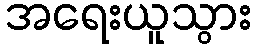
အရေးယူသွား